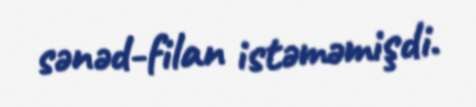
sənəd-filan istəməmişdi.